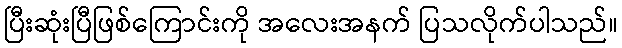
ပြီးဆုံးပြီဖြစ်ကြောင်းကို အလေးအနက် ပြသလိုက်ပါသည်။